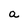
Character: a